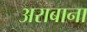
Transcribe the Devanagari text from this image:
अराबाना